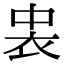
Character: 𮕪